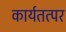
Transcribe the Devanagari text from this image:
कार्यतत्‍पर